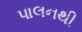
પાલનથી